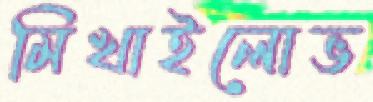
মিখাইলোভ